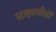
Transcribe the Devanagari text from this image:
स्टाइलशीटों